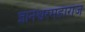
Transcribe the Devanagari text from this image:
ज्ञानेश्वरमहाराज